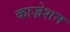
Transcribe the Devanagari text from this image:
काज़ेशन